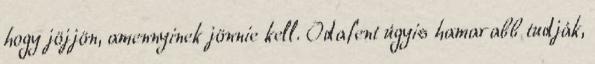
hogy jöjjön, amennyinek jönnie kell. Odafent úgyis hamarabb tudják,